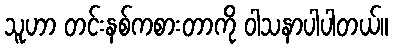
သူဟာ တင်းနစ်ကစားတာကို ဝါသနာပါပါတယ်။